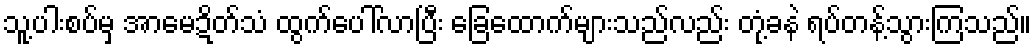
သူ့ပါးစပ်မှ အာမေဍိတ်သံ ထွက်ပေါ်လာပြီး ခြေထောက်များသည်လည်း တုံ့ခနဲ ရပ်တန့်သွားကြသည်။